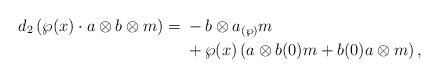
LaTeX: \begin{align*} d_2\left(\wp(x) \cdot a \otimes b \otimes m\right)= {} & -b \otimes a_{(\wp)}m \\&+ \wp(x) \left( a \otimes b{(0)}m + b(0)a \otimes m \right),\\\end{align*}